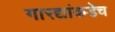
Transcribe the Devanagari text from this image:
गारद्यांकडेच